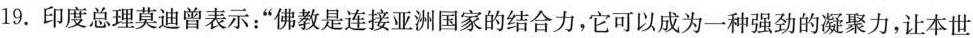
19.印度总理莫迪曾表示：”佛教是连接亚洲国家的结合力，它可以成为一种强劲的凝聚力，让本世纪